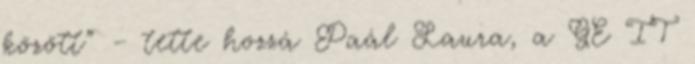
között” – tette hozzá Paál Laura, a GE IT